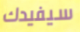
سيفيدك